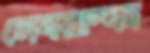
নেবরাস্কা